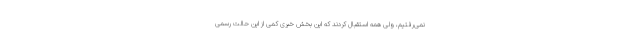
نمی‌رفتیم، ولی همه استقبال کردند که این بخش خبری کمی از این حالت رسمی